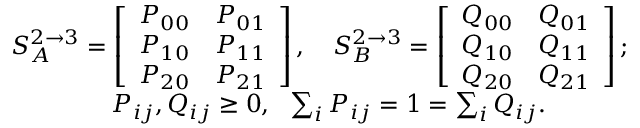
\begin{array} { r } { S _ { A } ^ { 2 \to 3 } = \left[ { \begin{array} { c c c c c } { P _ { 0 0 } } & { P _ { 0 1 } } \\ { P _ { 1 0 } } & { P _ { 1 1 } } \\ { P _ { 2 0 } } & { P _ { 2 1 } } \end{array} } \right] , ~ ~ ~ S _ { B } ^ { 2 \to 3 } = \left[ { \begin{array} { c c c c c } { Q _ { 0 0 } } & { Q _ { 0 1 } } \\ { Q _ { 1 0 } } & { Q _ { 1 1 } } \\ { Q _ { 2 0 } } & { Q _ { 2 1 } } \end{array} } \right] ; } \\ { P _ { i j } , Q _ { i j } \ge 0 , ~ ~ \sum _ { i } P _ { i j } = 1 = \sum _ { i } Q _ { i j } . ~ ~ ~ ~ ~ ~ ~ ~ ~ ~ } \end{array}